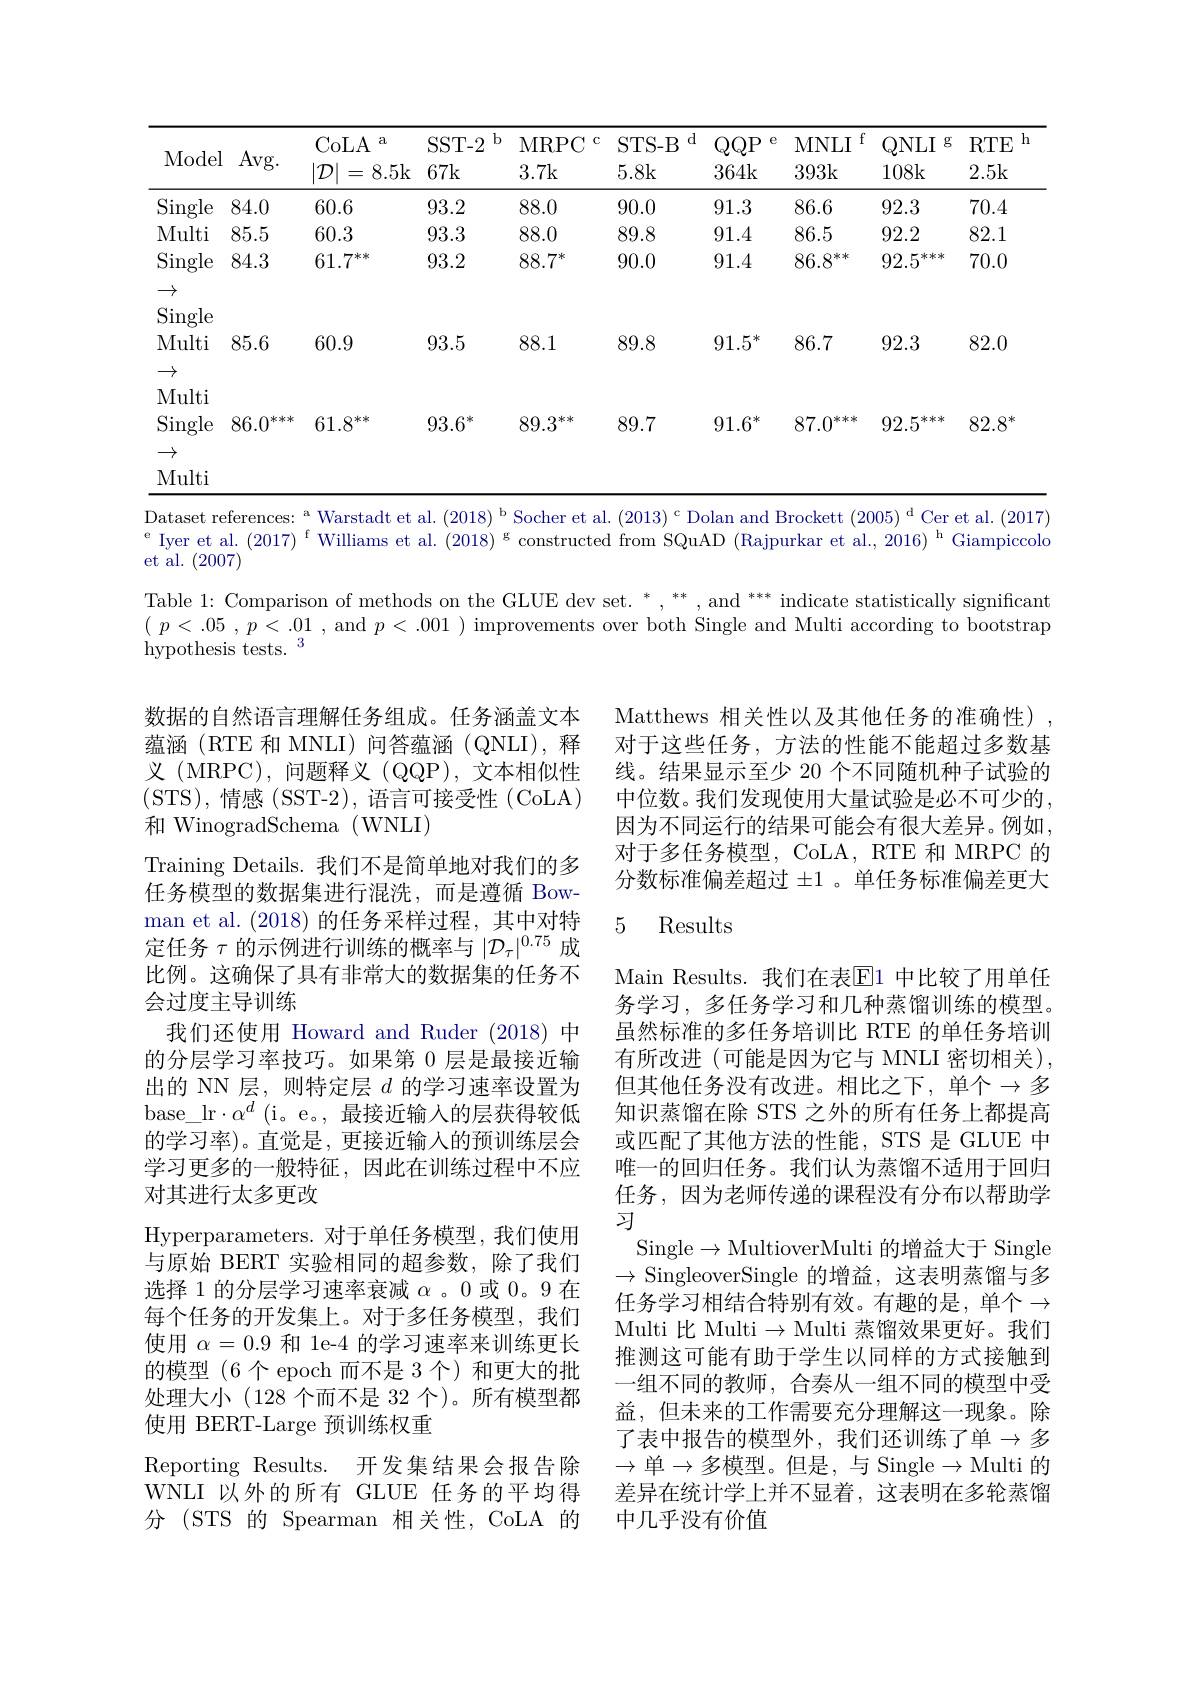
<table>
	<tbody>
		<tr>
			<th> </th>
			<th> </th>
			<th>CoLA a</th>
			<th>SST- 2 $b$</th>
			<th>MRPC 1</th>
			<th>d STS- B</th>
			<th>1 {}</th>
			<th>f MNLI</th>
			<th>$g$ ONLI</th>
			<th>RTE $\left|\int_{0}^{\infty}\frac{1}{2}\right|$ T</th>
		</tr>
		<tr>
			<th>Model</th>
			<th>Avg. </th>
			<th>CoLA $a$ $|\mathcal{D}|=$ 8.5k </th>
			<th>$SST-2$ $b$ 67k</th>
			<th>MRPC 3.7k</th>
			<th>$d$ STS- B 5.8k</th>
			<th>1 $QQP$ 364k</th>
			<th>f MNLI 393k</th>
			<th>$QNLI$ $g$ 108k</th>
			<th>$h$ $RTE$ 2.5k</th>
		</tr>
		<tr>
			<td>$\operatorname{Single}$</td>
			<td>84.0</td>
			<td>60.6</td>
			<td>93.2</td>
			<td>88.0</td>
			<td>90.0</td>
			<td>91.3</td>
			<td>86.6</td>
			<td>92.3</td>
			<td>70.4</td>
		</tr>
		<tr>
			<td>Multi</td>
			<td>85.5</td>
			<td>60.3</td>
			<td>93.3</td>
			<td>88.0</td>
			<td>89.8</td>
			<td>91.4</td>
			<td>86.5</td>
			<td>92.2</td>
			<td>82.1</td>
		</tr>
		<tr>
			<td>$\operatorname{Single}$ $\rightarrow$ Single</td>
			<td>84.3</td>
			<td>$61.7^{***}$</td>
			<td>93.2</td>
			<td>$88.7^{*}$</td>
			<td>90.0</td>
			<td>91.4</td>
			<td>$86.8^{:}$ 1米米</td>
			<td>92.5 冰水冰</td>
			<td>70.0</td>
		</tr>
		<tr>
			<td>$\operatorname{Single}$ Multi $\rightarrow$</td>
			<td>85.6</td>
			<td>60.9</td>
			<td>93.5</td>
			<td>88.1</td>
			<td>89.8</td>
			<td>$91.5^*$ </td>
			<td>86.7</td>
			<td>92.3</td>
			<td>82.0</td>
		</tr>
		<tr>
			<td>Multi $\operatorname{Single}$ $\rightarrow$ Multi</td>
			<td>86.0 ****</td>
			<td>61.8 $1*2k$</td>
			<td>$93.6^*$</td>
			<td>89.3 水冰</td>
			<td>89.7</td>
			<td>$91.6^*$</td>
			<td>87.0 冰水冰</td>
			<td>92.5 冰水水</td>
			<td>$82.8^{*}$</td>
		</tr>
	</tbody>
</table>

Dataset references: $^{\mathrm{a}}$ Warstadt et al.(2018)$^{\mathrm{b}}$ Socher et al.(2013)$^{\mathrm{c}}$ Dolan and Brockett (2005)$^{\mathrm{d}}$ Cer et al.(2017) e Iyer et al. $(2017)^\mathrm{f}$ Williams et al. $(2018)^\mathrm{g}$ constructed from SQuAD (Rajpurkar et al., 2016) $^\mathrm{h}$ Giampiccolo et al. (2007)
Table 1: Comparison of methods on the GLUE dev set. $^*,{}^**,\text{ and }^{***}$ indicate statistically significant $\begin{array}{l}{(\:p<.05\:,\:p<\:.01\:,\:\mathrm{and}\:p<\:.001\:)\:\text{improvements over both Single and Multi according to bootstrap}}\\{\text{hypothesis tests.}\:3}\end{array}$

Matthews 相关性以及其他任务的准确性) 对于这些任务，方法的性能不能超过多数基线。结果显示至少 20 个不同随机种子试验的中位数。我们发现使用大量试验是必不可少的， 因为不同运行的结果可能会有很大差异。例如， 对于多任务模型，CoLA, RTE 和 MRPC 的分数标准偏差超过 ±1 。单任务标准偏差更大

### 5 Results

数据的自然语言理解任务组成。任务涵盖文本蕴涵(RTE 和 MNLI) 问答蕴涵 (QNLI), 释义 (MRPC), 问题释义 (QQP), 文本相似性(STS),情感(SST-2),语言可接受性(CoLA) 和 WinogradSchema (WNLI)
Training Details. 我们不是简单地对我们的多任务模型的数据集进行混洗，而是遵循 Bowman et al. (2018) 的任务采样过程，其中对特定任务$\tau$的示例进行训练的概率与$|\mathcal{D}_\tau|^0.75$成比例。这确保了具有非常大的数据集的任务不会过度主导训练
我们还使用 Howard and Ruder (2018) 中的分层学习率技巧。如果第 0 层是最接近输出的 NN 层，则特定层$d$的学习速率设置为base\_lr$\cdot\alpha^d$(i。e。,最接近输入的层获得较低的学习率)。直觉是，更接近输入的预训练层会学习更多的一般特征，因此在训练过程中不应对其进行太多更改
Hyperparameters. 对于单任务模型，我们使用与原始 BERT 实验相同的超参数，除了我们选择 1 的分层学习速率衰减$\alpha$ 。0 或0。9 在每个任务的开发集上。对于多任务模型，我们使用$\alpha=0.9$和 1e-4 的学习速率来训练更长的模型 (6个 epoch 而不是 3 个)和更大的批处理大小(128 个而不是 32 个)。所有模型都使用 BERT-Large 预训练权重
Reporting Results. 开发集结果会报告除WNLI 以外的所有 GLUE 任务的平均得分 (STS 的 Spearman 相关性，CoLA 的

Main Results. 我们在表$\overline{\mathrm{E}}$1 中比较了用单任务学习，多任务学习和几种蒸馏训练的模型。虽然标准的多任务培训比 RTE 的单任务培训有所改进(可能是因为它与 MNLI 密切相关), 但其他任务没有改进。相比之下，单个$\to$多知识蒸馏在除 STS 之外的所有任务上都提高或匹配了其他方法的性能，STS 是 GLUE 中唯一的回归任务。我们认为蒸馏不适用于回归任务，因为老师传递的课程没有分布以帮助学习
Single$\to$MultioverMulti 的增益大于 Single $\to$SingleoverSingle 的增益，这表明蒸馏与多任务学习相结合特别有效。有趣的是，单个$\to$ Multi 比 Multi $\to$Multi 蒸馏效果更好。我们推测这可能有助于学生以同样的方式接触到一组不同的教师，合奏从一组不同的模型中受益，但未来的工作需要充分理解这一现象。除了表中报告的模型外，我们还训练了单$\to$多$\to$单$\to$多模型。但是，与 Single$\to$Multi 的差异在统计学上并不显着，这表明在多轮蒸馏中几乎没有价值